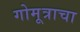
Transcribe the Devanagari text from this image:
गोमूत्राचा